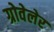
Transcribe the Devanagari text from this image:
ग्रोवेलेर